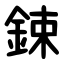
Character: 鋉